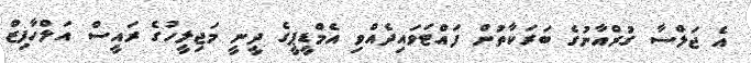
އެ ޖަލްސާ ގުރްއާނުގެ ބަރަކާތުން ފައްޓަވައިދެއްވި އެމްޑީޕީގެ ދީނީ މަޖިލީހުގެ ރައީސް އަލްހާފިޒް